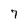
Character: 7